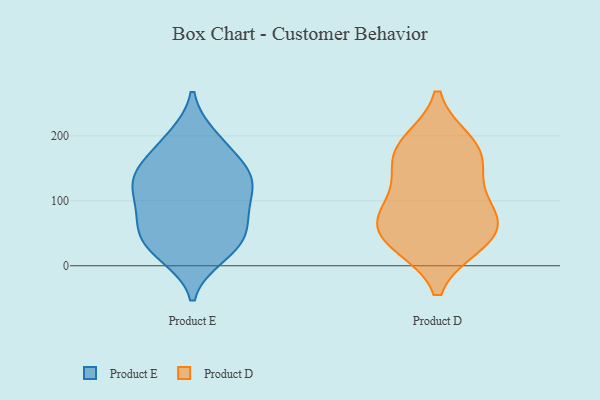
{"axis": {"x": "Production Output", "y": "Value"}, "legend": ["Product D", "Product E"], "data": [{"x": "", "y": 52, "type": "Product E"}, {"x": "", "y": 138, "type": "Product E"}, {"x": "", "y": 143, "type": "Product E"}, {"x": "", "y": 24, "type": "Product E"}, {"x": "", "y": 91, "type": "Product E"}, {"x": "", "y": 110, "type": "Product E"}, {"x": "", "y": 82, "type": "Product E"}, {"x": "", "y": 197, "type": "Product E"}, {"x": "", "y": 21, "type": "Product E"}, {"x": "", "y": 199, "type": "Product E"}, {"x": "", "y": 15, "type": "Product E"}, {"x": "", "y": 171, "type": "Product E"}, {"x": "", "y": 52, "type": "Product E"}, {"x": "", "y": 144, "type": "Product E"}, {"x": "", "y": 45, "type": "Product E"}, {"x": "", "y": 148, "type": "Product E"}, {"x": "", "y": 120, "type": "Product E"}, {"x": "", "y": 119, "type": "Product E"}, {"x": "", "y": 68, "type": "Product E"}, {"x": "", "y": 73, "type": "Product D"}, {"x": "", "y": 35, "type": "Product D"}, {"x": "", "y": 94, "type": "Product D"}, {"x": "", "y": 166, "type": "Product D"}, {"x": "", "y": 188, "type": "Product D"}, {"x": "", "y": 181, "type": "Product D"}, {"x": "", "y": 77, "type": "Product D"}, {"x": "", "y": 141, "type": "Product D"}, {"x": "", "y": 47, "type": "Product D"}, {"x": "", "y": 38, "type": "Product D"}]}